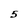
Character: 5